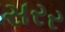
સરર